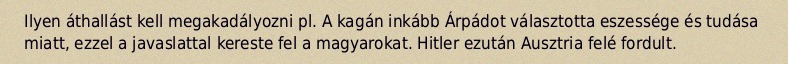
Ilyen áthallást kell megakadályozni pl. A kagán inkább Árpádot választotta eszessége és tudása miatt, ezzel a javaslattal kereste fel a magyarokat. Hitler ezután Ausztria felé fordult.